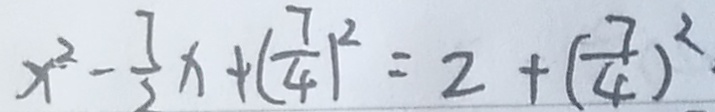
x ^ { 2 } - \frac { 7 } { 2 } x + ( \frac { 7 } { 4 } ) ^ { 2 } = 2 + ( \frac { 7 } { 4 } ) ^ { 2 }